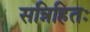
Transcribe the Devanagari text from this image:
सन्निहितः